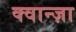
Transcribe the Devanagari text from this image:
क्वान्ज़ा